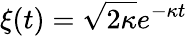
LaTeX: \xi(t)=\sqrt{2\kappa}e^{-\kappa t}